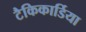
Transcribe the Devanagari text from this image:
टैकिकार्डिया